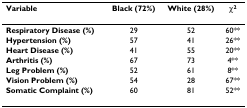
<table><thead><tr><td><b>Variable</b></td><td><b>Black (72%)</b></td><td><b>White (28%)</b></td><td><b>χ<sup>2</sup></b></td></tr></thead><tbody><tr><td><b>Respiratory Disease (%)</b></td><td>29</td><td>52</td><td>60**</td></tr><tr><td><b>Hypertension (%)</b></td><td>57</td><td>41</td><td>26**</td></tr><tr><td><b>Heart Disease (%)</b></td><td>41</td><td>55</td><td>20**</td></tr><tr><td><b>Arthritis (%)</b></td><td>67</td><td>73</td><td>4**</td></tr><tr><td><b>Leg Problem (%)</b></td><td>52</td><td>61</td><td>8**</td></tr><tr><td><b>Vision Problem (%)</b></td><td>54</td><td>28</td><td>67**</td></tr><tr><td><b>Somatic Complaint (%)</b></td><td>60</td><td>81</td><td>52**</td></tr></tbody></table>